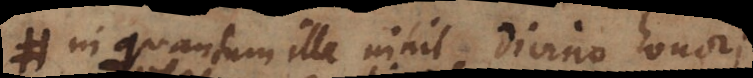
in quantum ille nihil divino honori